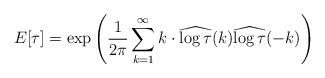
LaTeX: \begin{align*}E[\tau]=\exp \left( \frac{1}{2\pi}\sum_{k=1}^{\infty} k \cdot \widehat{\log\tau}(k)\widehat{\log\tau}(-k) \right)\end{align*}